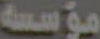
مؤسسة